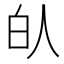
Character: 𰁮